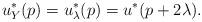
LaTeX: \begin{align*}u^*_Y(p)=u_{\lambda}^*(p)=u^*(p+2\lambda).\end{align*}